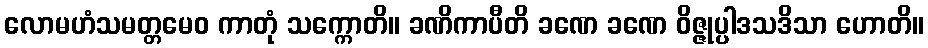
လောမဟံသမတ္တမေဝ ကာတုံ သက္ကောတိ။ ခဏိကာပီတိ ခဏေ ခဏေ ဝိဇ္ဇုပ္ပါဒသဒိသာ ဟောတိ။